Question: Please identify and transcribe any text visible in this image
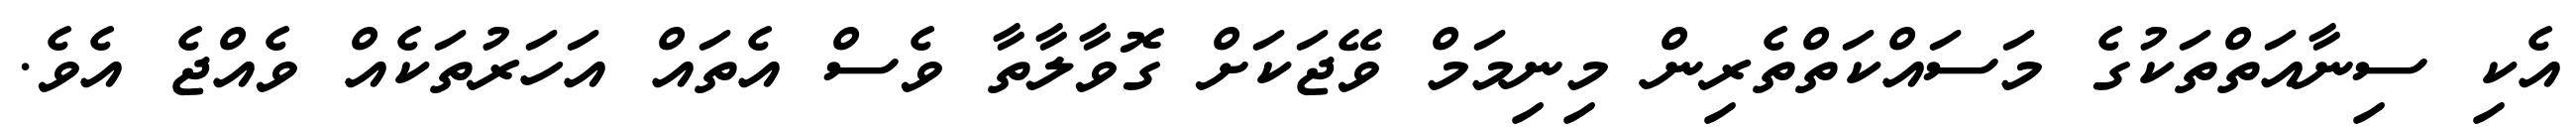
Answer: އެކި ސިނާއަތްތަކުގެ މަސައްކަތްތެރިން މިނިމަމް ވޭޖަކަށް ގޮވާލާތާ ވެސް އެތައް އަހަރުތަކެއް ވެއްޖެ އެވެ.